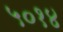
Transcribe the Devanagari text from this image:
५०१४